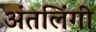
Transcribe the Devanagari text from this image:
अंतलिंगी